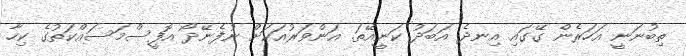
ތިބުނަނީ އަހަރެން ގޭގައި އިނދެ އަބަދު ކަނީއޭތަ. އަންވަރުއަކަށް ނުފެނޭދޯ އޮފީސްމަސައްކަތުގެ ކިހާ